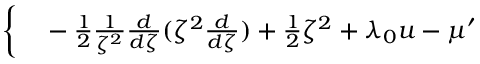
\begin{array} { r l } { \bigg \{ } & { { } - \frac { 1 } { 2 } \frac { 1 } { \zeta ^ { 2 } } \frac { d } { d \zeta } ( \zeta ^ { 2 } \frac { d } { d \zeta } ) + \frac { 1 } { 2 } \zeta ^ { 2 } + \lambda _ { 0 } u - \mu ^ { \prime } } \end{array}